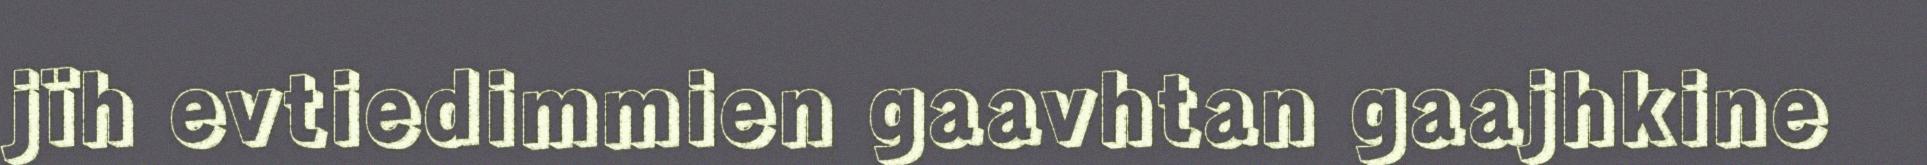
jïh evtiedimmien gaavhtan gaajhkine